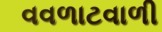
વવળાટવાળી